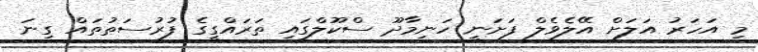
މި އަހަރު އަލަށް އޭލެވެލް ފަށަނީ ހަނިމާދޫ ސްކޫލްގައި ތަރައްގީގެ ފުރުސަތުތައް ގިނަ